Insane asylums in Bengal annual reports 1867-1875 - 1867-1875
Year: 1867
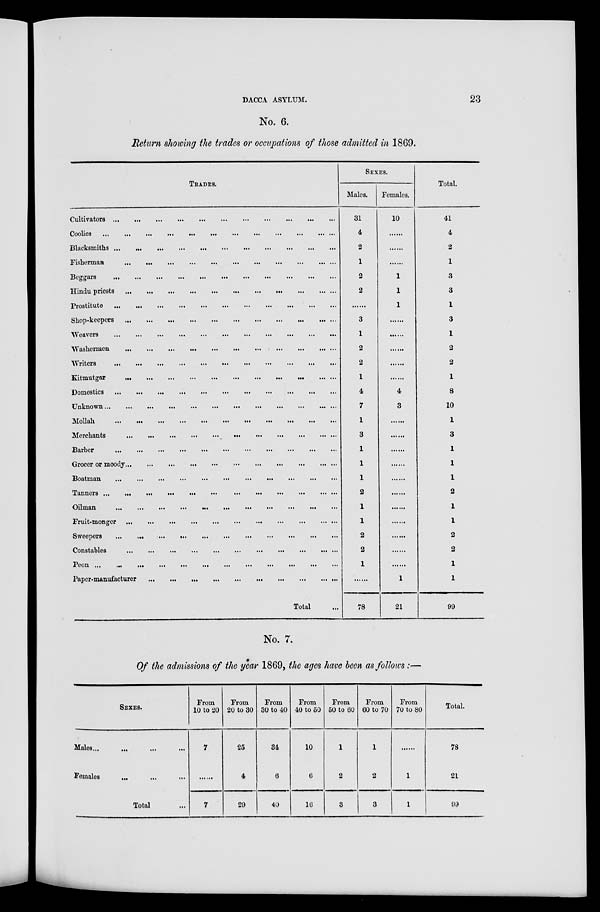
DACCA ASYLUM.
23
No. 6.
Return showing the trades or occupations of those admitted in 1869.
TRADES.
Cultivators
...
...
...
...
...
...
...
...
...
...
...
Coolies
...
...
...
...
...
...
...
...
...
...
...
Blacksmiths ...
...
...
...
...
...
...
...
...
...
...
Fisherman
...
...
...
...
...
...
...
...
...
...
...
Beggars
...
...
...
...
...
...
...
...
...
...
...
Hindu priests
...
...
...
...
...
...
...
...
...
...
...
Prostitute
...
...
...
...
...
...
...
...
...
...
...
Shop-keepers ... ... ... ... ... ... ... ... ... ... ...
Weavers ... ... ... ... ... ... ... ... ... ... ...
Washermen
...
...
...
...
...
...
...
...
...
...
...
Writers
...
...
...
...
...
...
...
...
...
...
...
...
Kitmutgar
...
...
...
...
...
...
...
...
...
...
Domestics
...
...
...
...
...
...
...
...
...
...
...
Unknown
...
...
...
...
...
...
...
...
...
...
...
Mollah ... ... ... ... ... ... ... ... ... ... ...
Merchants
...
...
...
...
...
...
...
...
...
...
...
Barber ... ... ... ... ... ... ... ... ... ... ... ... ...
Grocer or moody ... ... ... ... ... ... ... ... ... ... ...
Boatman
...
...
...
...
...
...
...
...
...
...
...
Tanners ...
...
...
...
...
...
...
...
...
...
... ...
Oilman
...
...
...
...
...
...
...
...
...
...
Fruit-monger ... ... ... ... ... ... ... ... ... ... ...
Sweepers
...
...
...
...
...
...
...
...
...
...
...
Constables ... ... ... ... ... ... ... ... ... ... ...
Peon
...
...
...
...
...
...
...
...
...
...
...
...
Paper-manufacturer
...
...
...
...
...
...
...
...
...
...
Total ...
SEXES.
Males.
31
4
2
1
2
2
......
3
1
2
2
1
4
7
1
3
1
1
1
2
1
1
2
2
1
78
Females.
10
......
......
......
1
1
1
......
......
......
......
......
4
3
......
......
......
......
......
......
......
......
......
......
......
1
21
Total.
41
4
2
1
3
3
1
3
1
2
2
1
8
10
1
3
1
1
1
2
1
1
2
2
1
1
99
No. 7.
Of the admissions of the year 1869, the ages have been as follows :—
SEXES.
Males . . . . . . . . . ...
Females ... ... ...
Total ...
From
10 to 20
7
......
7
From
20 to 30
25
4
29
From
30 to 40
34
6
40
From
40 to 50
10
6
16
From
50 to 60
1
2
3
From
60 to 70
1
2
3
From
70 to 80
......
1
1
Total.
78
21
99